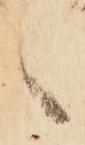
言